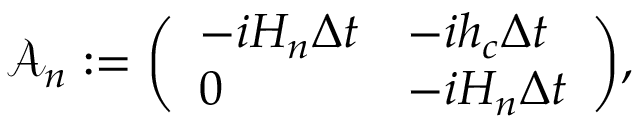
\mathcal { A } _ { n } : = { \biggl ( \begin{array} { l l } { - i H _ { n } \Delta t } & { - i h _ { c } \Delta t } \\ { 0 } & { - i H _ { n } \Delta t } \end{array} \biggr ) } ,